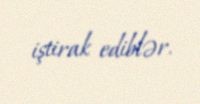
iştirak ediblər.